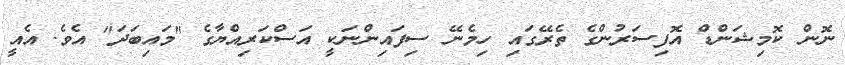
ނޮން ކޮމިޝަންޑް އޮފިސަރުންގެ ތެރޭގައި ހިމެނޭ ސިފައިންނަކީ އަސްކަރިއްޔާގެ "މައިބަދަ" އެވެ. އެއީ